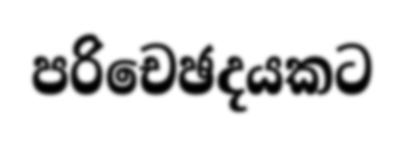
පරිචෙඡදයකට